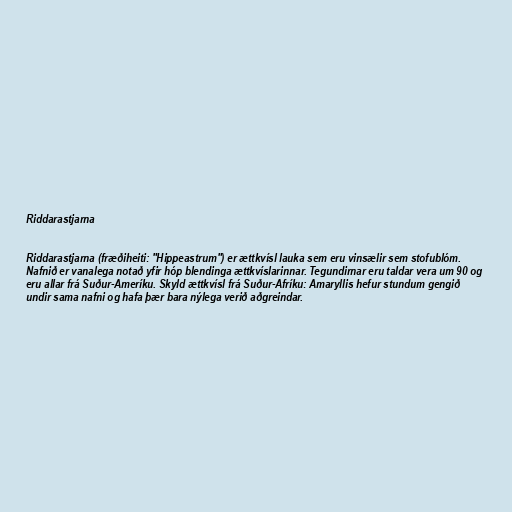
Riddarastjarna

Riddarastjarna (fræðiheiti: "Hippeastrum") er ættkvísl lauka sem eru vinsælir sem stofublóm.
Nafnið er vanalega notað yfir hóp blendinga ættkvíslarinnar. Tegundirnar eru taldar vera um 90 og
eru allar frá Suður-Ameríku. Skyld ættkvísl frá Suður-Afríku: Amaryllis hefur stundum gengið
undir sama nafni og hafa þær bara nýlega verið aðgreindar.